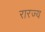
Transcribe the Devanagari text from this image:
रारज्य